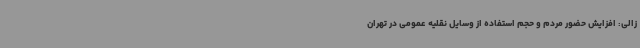
زالی: افزایش حضور مردم و حجم استفاده از وسایل نقلیه عمومی در تهران